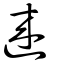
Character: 逨